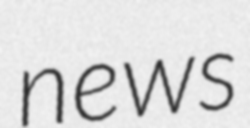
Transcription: news